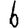
Digit: 6